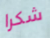
شكرا